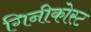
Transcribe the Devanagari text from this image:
गिनीकोस्ट